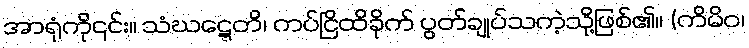
အာရုံကို၎င်း။ သံဃဋ္ဋေတိ၊ ကပ်ငြိထိခိုက် ပွတ်ချုပ်သကဲ့သို့ဖြစ်၏။ (ကိမိဝ၊